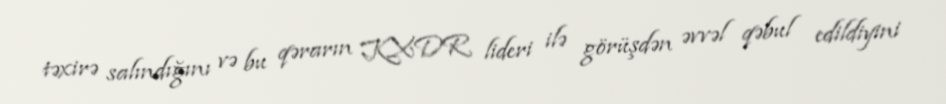
təxirə salındığını və bu qərarın KXDR lideri ilə görüşdən əvvəl qəbul edildiyini